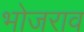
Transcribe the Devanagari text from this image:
भोजराव